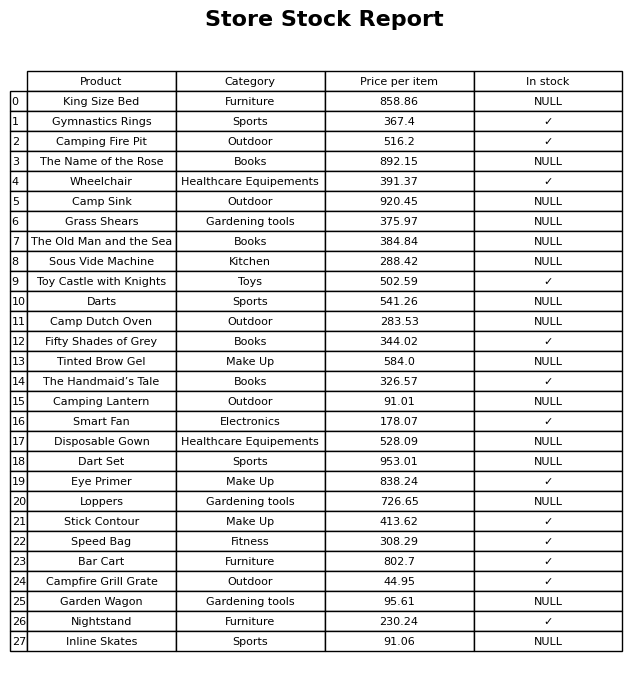
question: Which products are currently out of stock?
answer: King Size Bed, The Name of the Rose, Camp Sink, Grass Shears, The Old Man and the Sea, Sous Vide Machine, Darts, Camp Dutch Oven, Tinted Brow Gel, Camping Lantern, Disposable Gown, Dart Set, Loppers, Garden Wagon, Inline Skates